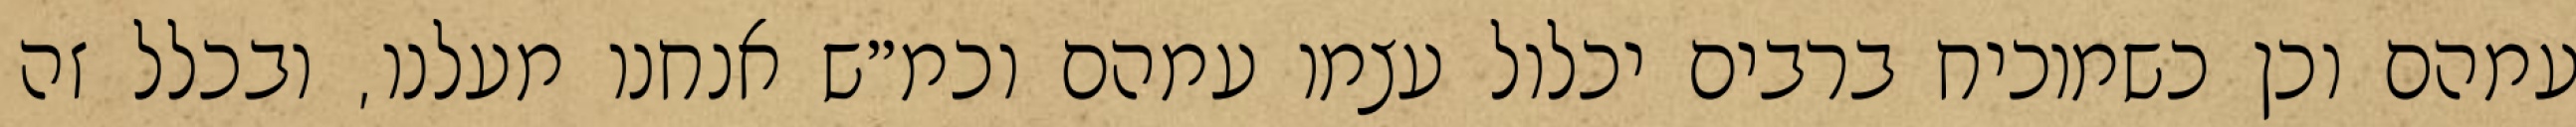
עמהם וכן כשמוכיח ברבים יכלול עצמו עמהם וכמ״ש אנחנו מעלנו, ובכלל זה